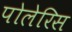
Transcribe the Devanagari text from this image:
पोलेरिस